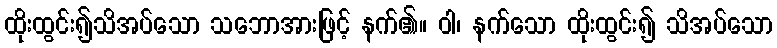
ထိုးထွင်း၍သိအပ်သော သဘောအားဖြင့် နက်၏။ ဝါ၊ နက်သော ထိုးထွင်း၍ သိအပ်သော